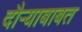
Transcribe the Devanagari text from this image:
दौर्‍याबाबत